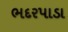
ભદરપાડા